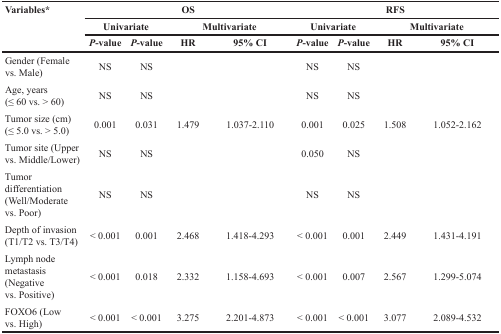
<table><thead><tr><td rowspan="3"><b>Variables*</b></td><td colspan="4"><b>OS</b></td><td colspan="4"><b>RFS</b></td></tr><tr><td colspan="2"><b>Univariate</b></td><td colspan="2"><b>Multivariate</b></td><td colspan="2"><b>Univariate</b></td><td colspan="2"><b>Multivariate</b></td></tr><tr><td><b><i>P</i>-value</b></td><td><b><i>P</i>-value</b></td><td><b>HR</b></td><td><b>95% CI</b></td><td><b><i>P</i>-value</b></td><td><b><i>P</i>-value</b></td><td><b>HR</b></td><td><b>95% CI</b></td></tr></thead><tbody><tr><td>Gender (Female vs. Male)</td><td>NS</td><td>NS</td><td></td><td></td><td>NS</td><td>NS</td><td></td><td></td></tr><tr><td>Age, years (≤ 60 vs. &gt; 60)</td><td>NS</td><td>NS</td><td></td><td></td><td>NS</td><td>NS</td><td></td><td></td></tr><tr><td>Tumor size (cm) (≤ 5.0 vs. &gt; 5.0)</td><td>0.001</td><td>0.031</td><td>1.479</td><td>1.037-2.110</td><td>0.001</td><td>0.025</td><td>1.508</td><td>1.052-2.162</td></tr><tr><td>Tumor site (Upper vs. Middle/Lower)</td><td>NS</td><td>NS</td><td></td><td></td><td>0.050</td><td>NS</td><td></td><td></td></tr><tr><td>Tumor differentiation (Well/Moderate vs. Poor)</td><td>NS</td><td>NS</td><td></td><td></td><td>NS</td><td>NS</td><td></td><td></td></tr><tr><td>Depth of invasion (T1/T2 vs. T3/T4)</td><td>&lt; 0.001</td><td>0.001</td><td>2.468</td><td>1.418-4.293</td><td>&lt; 0.001</td><td>0.001</td><td>2.449</td><td>1.431-4.191</td></tr><tr><td>Lymph node metastasis (Negative vs. Positive)</td><td>&lt; 0.001</td><td>0.018</td><td>2.332</td><td>1.158-4.693</td><td>&lt; 0.001</td><td>0.007</td><td>2.567</td><td>1.299-5.074</td></tr><tr><td>FOXO6 (Low vs. High)</td><td>&lt; 0.001</td><td>&lt; 0.001</td><td>3.275</td><td>2.201-4.873</td><td>&lt; 0.001</td><td>&lt; 0.001</td><td>3.077</td><td>2.089-4.532</td></tr></tbody></table>